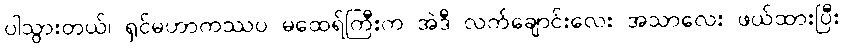
ပါသွားတယ်၊ ရှင်မဟာကဿပ မထေရ်ကြီးက အဲဒီ လက်ချောင်းလေး အသာလေး ဖယ်ထားပြီး